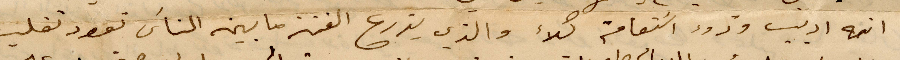
انه اديب ودود استقامه كلاء والذي يزرع الفتن ما بين الناس تعود تقلب